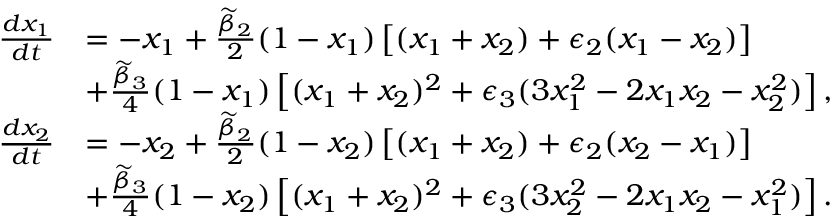
\begin{array} { r l } { \frac { d x _ { 1 } } { d t } } & { = - x _ { 1 } + \frac { \widetilde { \beta } _ { 2 } } { 2 } ( 1 - x _ { 1 } ) \left[ ( x _ { 1 } + x _ { 2 } ) + \epsilon _ { 2 } ( x _ { 1 } - x _ { 2 } ) \right] } \\ & { + \frac { \widetilde { \beta } _ { 3 } } { 4 } ( 1 - x _ { 1 } ) \left[ ( x _ { 1 } + x _ { 2 } ) ^ { 2 } + \epsilon _ { 3 } ( 3 x _ { 1 } ^ { 2 } - 2 x _ { 1 } x _ { 2 } - x _ { 2 } ^ { 2 } ) \right] , } \\ { \frac { d x _ { 2 } } { d t } } & { = - x _ { 2 } + \frac { \widetilde { \beta } _ { 2 } } { 2 } ( 1 - x _ { 2 } ) \left[ ( x _ { 1 } + x _ { 2 } ) + \epsilon _ { 2 } ( x _ { 2 } - x _ { 1 } ) \right] } \\ & { + \frac { \widetilde { \beta } _ { 3 } } { 4 } ( 1 - x _ { 2 } ) \left[ ( x _ { 1 } + x _ { 2 } ) ^ { 2 } + \epsilon _ { 3 } ( 3 x _ { 2 } ^ { 2 } - 2 x _ { 1 } x _ { 2 } - x _ { 1 } ^ { 2 } ) \right] . } \end{array}